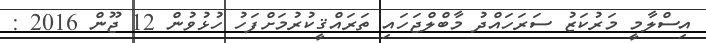
އިސްލާމީ މަރުކަޒު ސަރަހައްދު މާބްލްޖަހައި ތަރައްޤީކުރުމަށްފަހު ހުޅުވުން 12 ޖޫން 2016 :